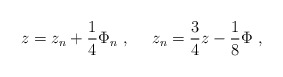
\begin{align*}z = z_n + \frac{1}{4} \Phi_n \ , \ \ \ \ z_n = \frac{3}{4} z - \frac{1}{8} \Phi \ ,\end{align*}